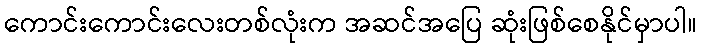
ကောင်းကောင်းလေးတစ်လုံးက အဆင်အပြေ ဆုံးဖြစ်စေနိုင်မှာပါ။